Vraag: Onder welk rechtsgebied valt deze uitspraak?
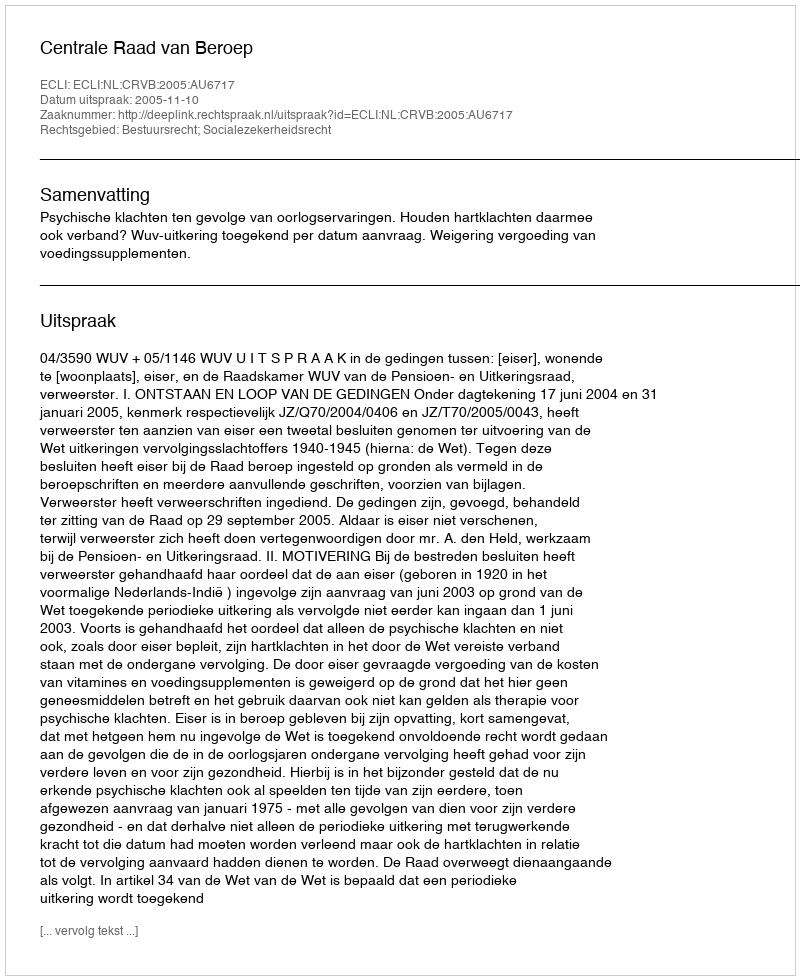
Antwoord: Bestuursrecht; Socialezekerheidsrecht